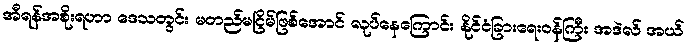
အီရန်အစိုးရဟာ ဒေသတွင်း မတည်မငြိမ်ဖြစ်အောင် လုပ်နေကြောင်း နိုင်ငံခြားရေးဝန်ကြီး အဒဲလ် အယ်